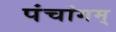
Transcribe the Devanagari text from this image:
पंचांगम्